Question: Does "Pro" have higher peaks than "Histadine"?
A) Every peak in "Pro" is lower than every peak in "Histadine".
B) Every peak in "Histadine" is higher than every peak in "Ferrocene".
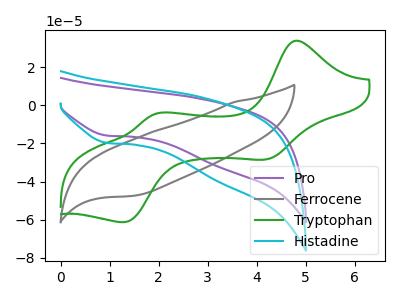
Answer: <think>The purple curve "Pro" has a cathodic peak at: (0.95V, -15.85uA). The gray curve "Ferrocene" has no peaks. The green curve "Tryptophan" has anodic peaks at (4.80V, 33.90uA) (1.95V, -4.40uA) and cathodic peaks at (4.20V, -28.35uA) (1.30V, -61.35uA). The cyan curve "Histadine" has a cathodic peak at: (0.95V, -19.70uA).</think>
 <answer>A) Every peak in "Pro" is lower than every peak in "Histadine".</answer>
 <eval>A</eval>